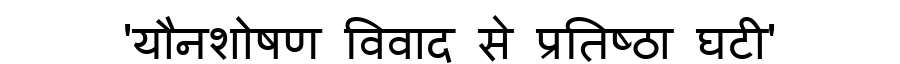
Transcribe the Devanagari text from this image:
'यौनशोषण विवाद से प्रतिष्ठा घटी'